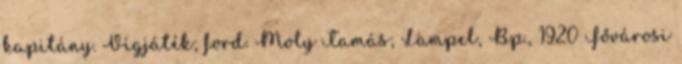
kapitány. Vígjáték; ford. Moly Tamás; Lampel, Bp., 1920 Fővárosi